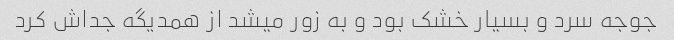
جوجه سرد و بسیار خشک بود و به زور میشد از همدیگه جداش کرد